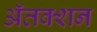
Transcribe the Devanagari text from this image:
ॲतक्शन